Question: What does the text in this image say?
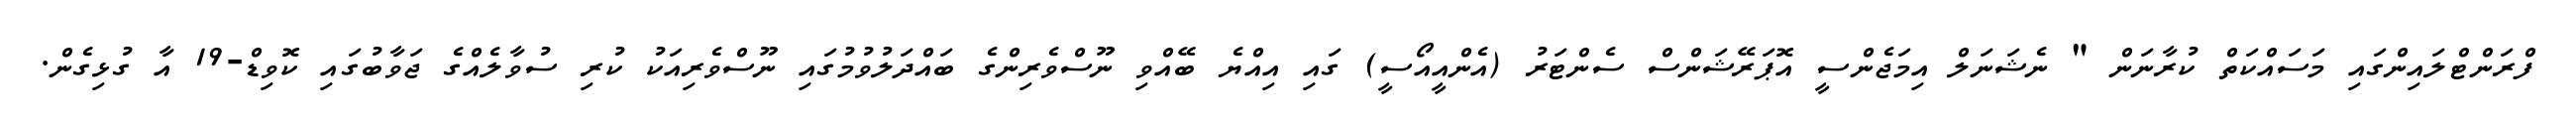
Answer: ފްރަންޓްލައިންގައި މަސައްކަތް ކުރާނަން " ނެޝަނަލް އިމަޖެންސީ އޮޕަރޭޝަންސް ސެންޓަރު (އެންއީއޯސީ) ގައި އިއްޔެ ބޭއްވި ނޫސްވެރިންގެ ބައްދަލުވުމުގައި ނޫސްވެރިއަކު ކުރި ސުވާލެއްގެ ޖަވާބުގައި ކޮވިޑް-19 އާ ގުޅިގެން.